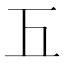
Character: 𢀑